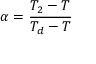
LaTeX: \alpha = { \frac { T _ { 2 } - T } { T _ { d } - T } }